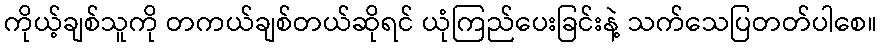
ကိုယ့်ချစ်သူကို တကယ်ချစ်တယ်ဆိုရင် ယုံကြည်ပေးခြင်းနဲ့ သက်သေပြတတ်ပါစေ။